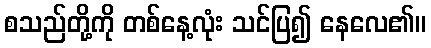
စသည်တို့ကို တစ်နေ့လုံး သင်ပြ၍ နေလေ၏။